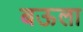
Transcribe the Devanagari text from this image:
बऊला